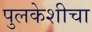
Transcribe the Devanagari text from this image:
पुलकेशीचा